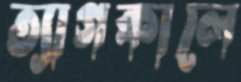
ত্যাগকালে